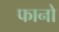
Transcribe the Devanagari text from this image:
फानो